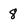
Character: 8